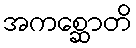
အကစ္ဆောတိ